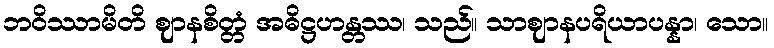
ဘဝိဿာမိတိ ဈာနစိတ္တံ အဓိဋ္ဌဟန္တဿ၊ သည်။ သာဈာနပရိယာပန္နာ၊ သော။